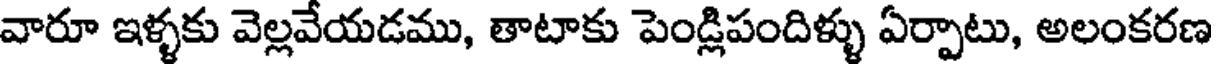
వారూ ఇళ్ళకు వెల్లవేయడము, తాటాకు పెండ్లిపందిళ్ళు ఏర్పాటు, అలంకరణ